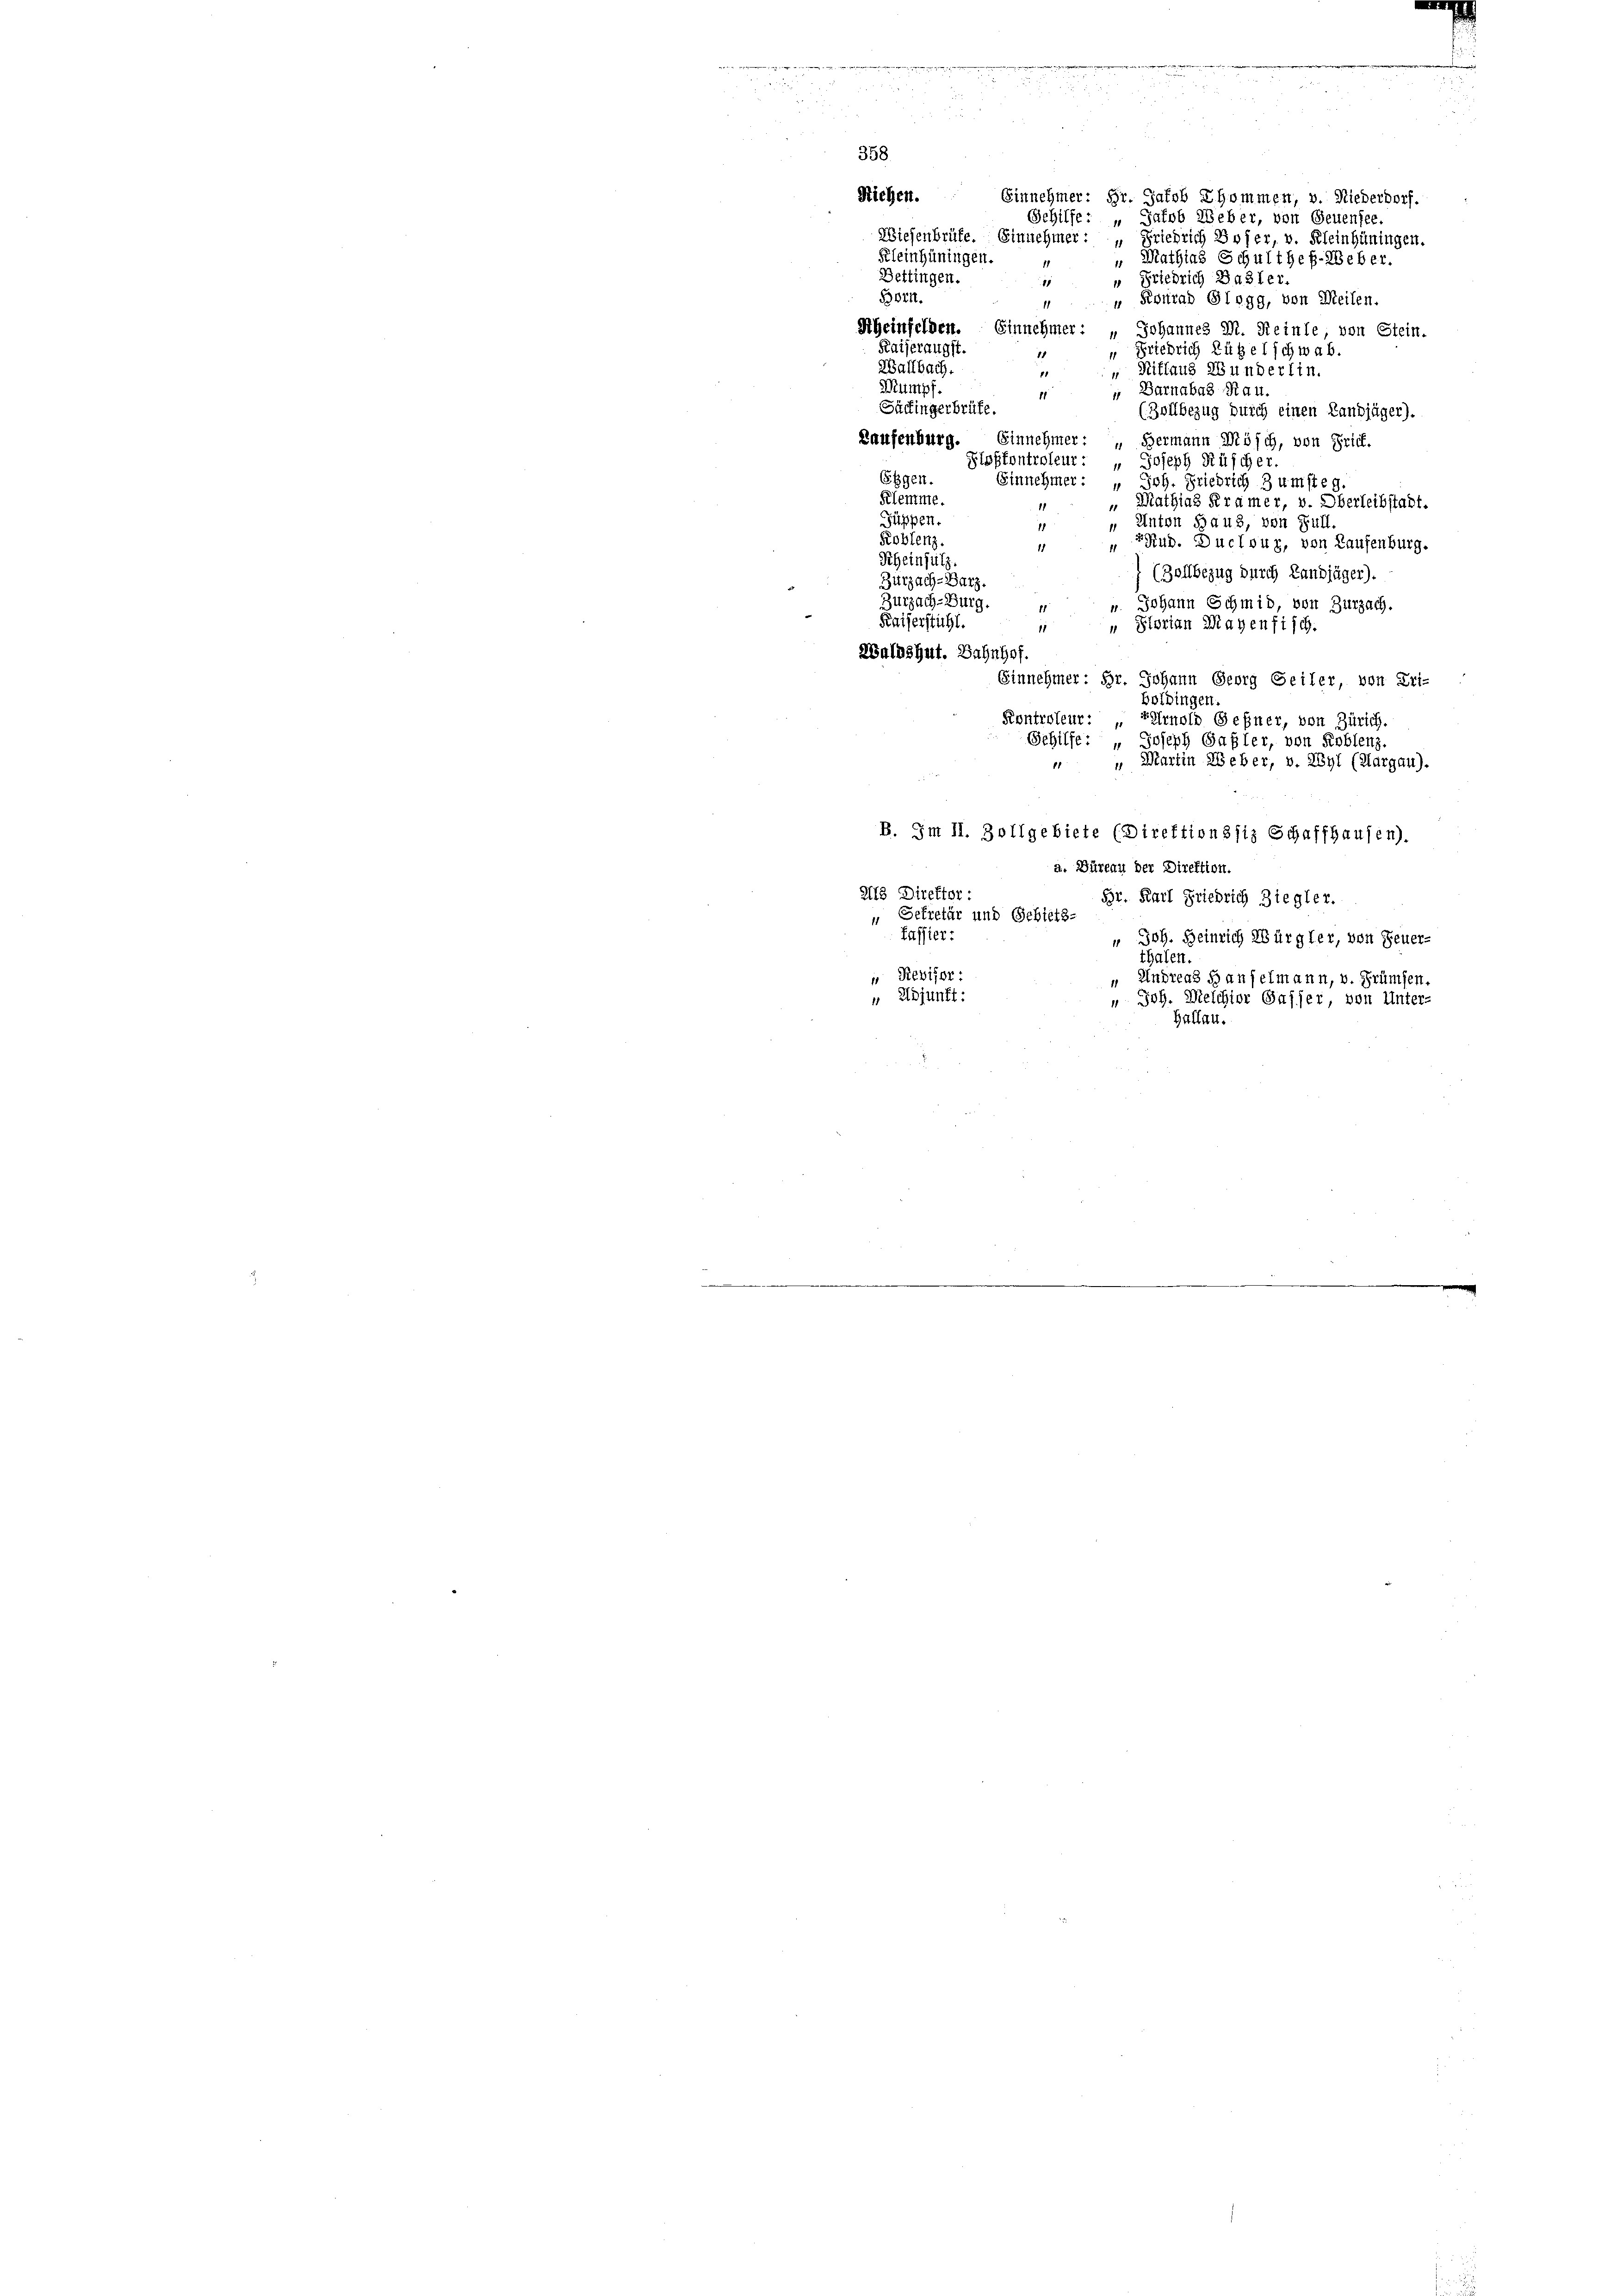
358

Riehen. Einnehmer: Hr. Jakob Ehommen, v. Niederdorf.
Gehilfe: „Jakob Weber, von Genensee.
Wiesenbrüfe. Einnehmer: Friedrich Bojer, v. Kleinhüningen.
Kleinhüningen.
" Mathias Schultheß-Reber.
Bettingen.
 Friedrich Basler.
1
Born.
Fourad Glogg, von Meilen.
1
1
Sheinfelden. Einnehmer: „Johannes M. Reinte, von Stein.
Kaiserangst.
 Friedrich Rübel schwab.
1
Wallbach.
" Mittaus Bunderlin.
Pumpf.
 Barnabas Rau.
1
Säckingerbrüte.
(Zollbezug durch einen Landjäger).
Laufenburg.
Einnehmer: „Hermann Mösch, von Brief.
Ploskontroleur: „ Joseph Rüscher.
Eggen.
Einnehmer:
Joh. Friedrich 3 umsteg.
Klemme.
" Mathias Kramer, v. Oberleibstalt.
11
Füppen.
Anton Haus, von Füll
11
Koblenz.
4Rub. Ducloug, von Laufenburg.
1
Scheinfülz
(Zollbezug durch Landjäger).
Zurzach-Barz.
Zurzach-Burg.
u. Johann Schmid, von Zurzach.
Kaiserstühl
11
" Storian Mayenfisch.
Waldshut. Bahnhof
Einnehmer: Hr. Johann Georg Seiler, von Eri-
boldingen.
Kontroleur: Arnold Geßner, von Zürich.
Schilfe: " Joseph Gafler, von Koblenz.
" Martin Weber, v. Wyl (Aargau).
1
B. Im II. Zollgebiete (Direktionssiz Schaffhausen).
a. Büreau der Direktion.
218 Direktor :
Br. Karl Friedrich Ziegler.
 Sekretär und Gebiets-
faffier:
" Joh. Heinrich Würgler, von Feuer-
thalen.
 Revisor
Andreas Hauselmann, v. Grümsen.
 Adjunft:
" Joh. Welchior Gasser von Unter-
Hallen.